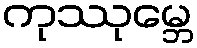
ကုဿုမ္ဘေ